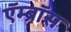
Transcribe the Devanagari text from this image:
ऍम्ब्रॉस